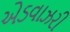
એડવાઝરી